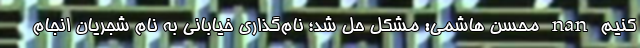
کنیم nan محسن هاشمی: مشکل حل شد؛ نام‌گذاری خیابانی به نام شجریان انجام